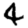
Digit: 4